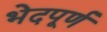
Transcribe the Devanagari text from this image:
भेदपूर्ण